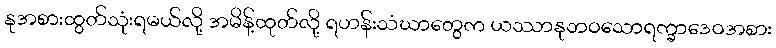
နုအစားထွတ်သုံးရမယ်လို့ အမိန့်ထုတ်လို့ ရဟန်းသံဃာတွေက ယဿာနုဘဝသောရက္ခာဒေဝအစား